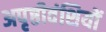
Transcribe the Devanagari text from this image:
अपृष्ठीवंशियों